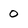
Character: 0